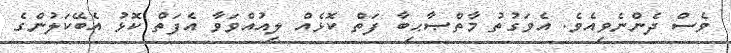
ވެސް ދެންނެވިއެވެ. އެވަގުތު މާތްޞާޙިބާ ފަތް ކޮޅެއް ލިއުއްވަވާ އެފަތް ކޮޅު އެބޭކަލުންގެ